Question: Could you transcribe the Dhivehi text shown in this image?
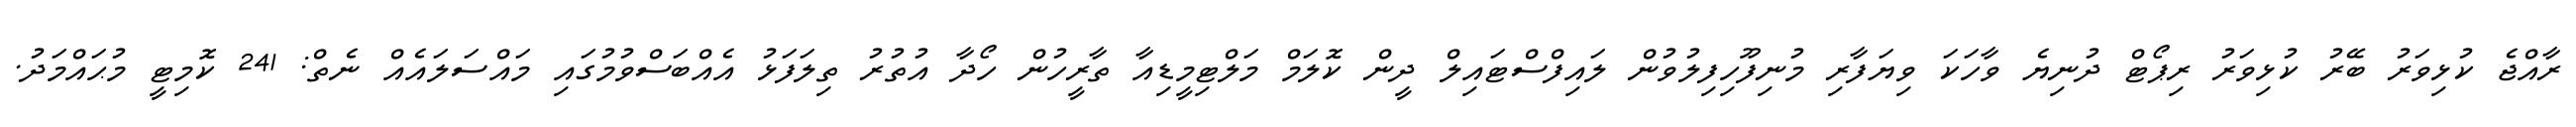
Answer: ރާއްޖެ ކުޅިވަރު ބޭރު ކުޅިވަރު ރިޕޯޓް ދުނިޔެ ވާހަކަ ވިޔަފާރި މުނިފޫހިފިލުވުން ލައިފްސްޓައިލް ދީން ކޮލަމް މަލްޓިމީޑިއާ ތާރީހުން ހޯދާ އުތުރު ތިލަފަޅު އެއްބަސްވުމުގައި މައްސަލައެއް ނެތް: 241 ކޮމިޓީ މުޙައްމަދު.